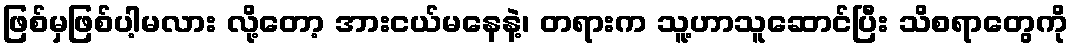
ဖြစ်မှဖြစ်ပါ့မလား လို့တော့ အားငယ်မနေနဲ့၊ တရားက သူ့ဟာသူဆောင်ပြီး သိစရာတွေကို